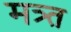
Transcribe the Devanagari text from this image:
मत्र्त